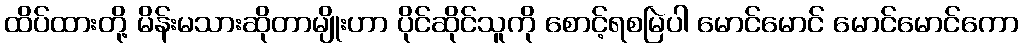
ထိပ်ထားတို့ မိန်းမသားဆိုတာမျိုးဟာ ပိုင်ဆိုင်သူကို စောင့်ရစမြဲပါ မောင်မောင် မောင်မောင်ကော